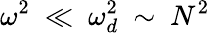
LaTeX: \omega^{2}~\ll~\omega_{d}^{2}~\sim~N^{2}